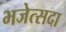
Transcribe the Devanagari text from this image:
भजेत्सदा